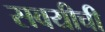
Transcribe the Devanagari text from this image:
सवयीची